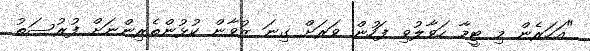
"އަހަރެން މި ޓީމާ ހަވާލުވި ފަހުން ވަރަށް ގިނަ ޒުވާން ކުޅުންތެރިންނަށް ފުރުސަތު